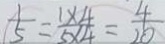
\frac { 1 } { 5 } = \frac { 1 \times 4 } { 5 \times 4 } = \frac { 4 } { 2 0 }